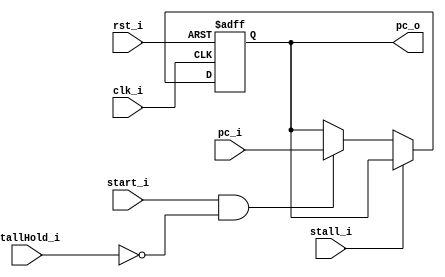
module PC
(
    clk_i,
    rst_i,
    start_i,
	stallHold_i,
    stall_i,
    pc_i,

    pc_o
);

// Ports
input               clk_i;
input               rst_i;
input               start_i;
input				stallHold_i;
input               stall_i;
input   [31:0]      pc_i;
output  [31:0]      pc_o;

// Wires & Registers
reg     [31:0]      pc_o;


always@(posedge clk_i or negedge rst_i) begin
    if(~rst_i) begin
        pc_o <= 32'b0;
    end
    else if (stall_i) begin
        
    end
    else begin
        if(start_i && (~stallHold_i))
            pc_o <= pc_i;
        else
            pc_o <= pc_o;
    end
end

endmodule